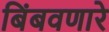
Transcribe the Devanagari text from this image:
बिंबवणारे